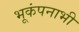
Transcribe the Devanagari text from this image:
भूकंपनाभी